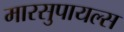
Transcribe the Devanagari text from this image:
मारसुपायल्स